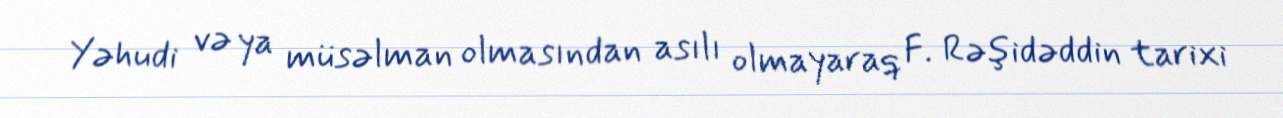
Yəhudi və ya müsəlman olmasından asılı olmayaraq F. Rəşidəddin tarixi